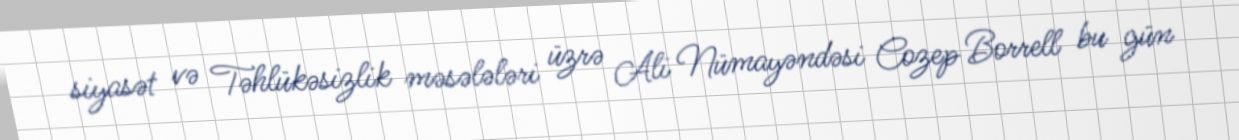
siyasət və Təhlükəsizlik məsələləri üzrə Ali Nümayəndəsi Cozep Borrell bu gün